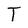
Character: T